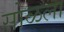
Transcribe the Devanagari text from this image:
सोळला